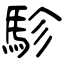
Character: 駗